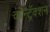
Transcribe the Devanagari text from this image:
कोन्ट्रॅक्शन